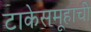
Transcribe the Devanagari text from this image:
टाकेसमूहाची